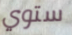
ستوي